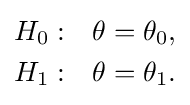
{\begin{aligned}H_{0}&:&\theta =\theta _{0},\\H_{1}&:&\theta =\theta _{1}.\end{aligned}}